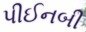
પીઈનબી